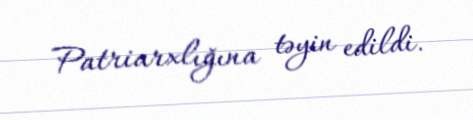
Patriarxlığına təyin edildi.